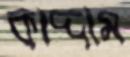
কাদ্দাম